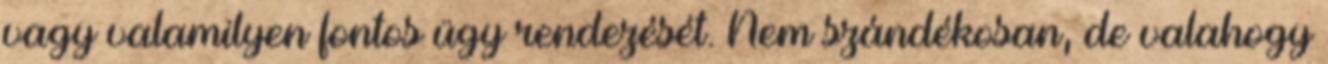
vagy valamilyen fontos ügy rendezését. Nem szándékosan, de valahogy